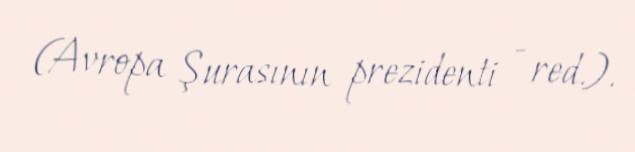
(Avropa Şurasının prezidenti - red.).